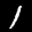
Label: 1